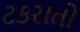
ટકરાતો